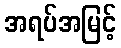
အရပ်အမြင့်